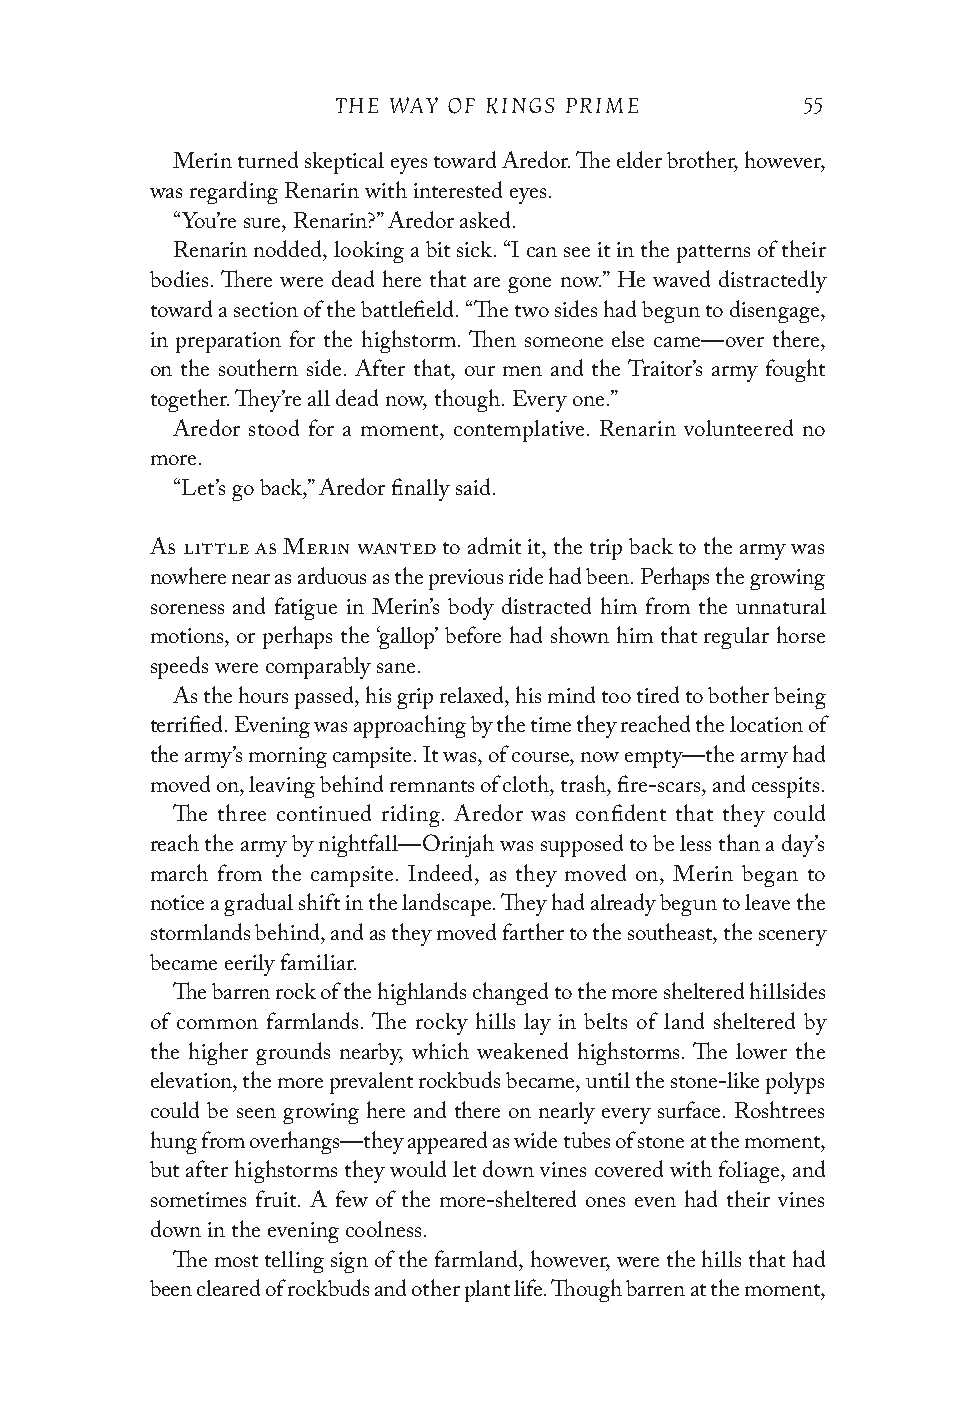
THE WAY OF KINGS PRIME         55
 Merin turned skeptical eyes toward Aredor. The elder brother, however,
 was regarding Renarin with interested eyes.
 “You’re sure, Renarin?” Aredor asked.
 Renarin nodded, looking a bit sick. “I can see it in the patterns of their
 bodies. There were dead here that are gone now.” He waved distractedly
 toward a section of the battlefield. “The two sides had begun to disengage,
 in preparation for the highstorm. Then someone else came—over there,
 on the southern side. After that, our men and the Traitor’s army fought
 together. They’re all dead now, though. Every one.”
 Aredor stood for a moment, contemplative. Renarin volunteered no
 more.
 “Let’s go back,” Aredor finally said.
 As little as Merin wanted to admit it, the trip back to the army was
 nowhere near as arduous as the previous ride had been. Perhaps the growing
 soreness and fatigue in Merin’s body distracted him from the unnatural
 motions, or perhaps the ‘gallop’ before had shown him that regular horse
 speeds were comparably sane.
 As the hours passed, his grip relaxed, his mind too tired to bother being
 terrified. Evening was approaching by the time they reached the location of
 the army’s morning campsite. It was, of course, now empty—the army had
 moved on, leaving behind remnants of cloth, trash, fire-scars, and cesspits.
 The three continued riding. Aredor was confident that they could
 reach the army by nightfall—Orinjah was supposed to be less than a day’s
 march from the campsite. Indeed, as they moved on, Merin began to
 notice a gradual shift in the landscape. They had already begun to leave the
 stormlands behind, and as they moved farther to the southeast, the scenery
 became eerily familiar.
 The barren rock of the highlands changed to the more sheltered hillsides
 of common farmlands. The rocky hills lay in belts of land sheltered by
 the higher grounds nearby, which weakened highstorms. The lower the
 elevation, the more prevalent rockbuds became, until the stone-like polyps
 could be seen growing here and there on nearly every surface. Roshtrees
 hung from overhangs—they appeared as wide tubes of stone at the moment,
 but after highstorms they would let down vines covered with foliage, and
 sometimes fruit. A few of the more-sheltered ones even had their vines
 down in the evening coolness.
 The most telling sign of the farmland, however, were the hills that had
 been cleared of rockbuds and other plant life. Though barren at the moment,